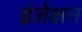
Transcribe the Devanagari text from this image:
इंजेक्षन